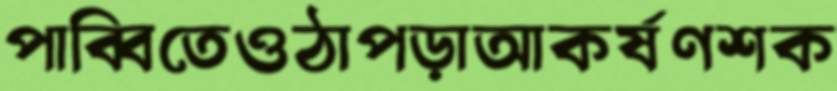
পাব্বিতেওঠাপড়াআকর্ষণশক